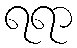
ရရာ